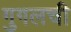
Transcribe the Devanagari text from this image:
गुगलची